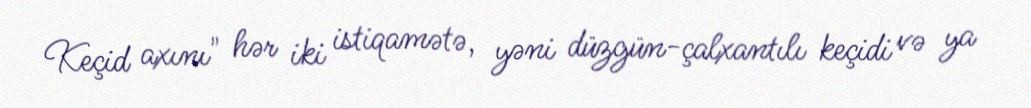
Keçid axını" hər iki istiqamətə, yəni düzgün-çalxantılı keçidi və ya